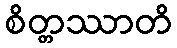
စိတ္တဿာတိ